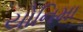
યોનિમા